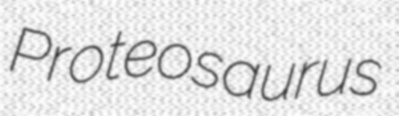
Proteosaurus